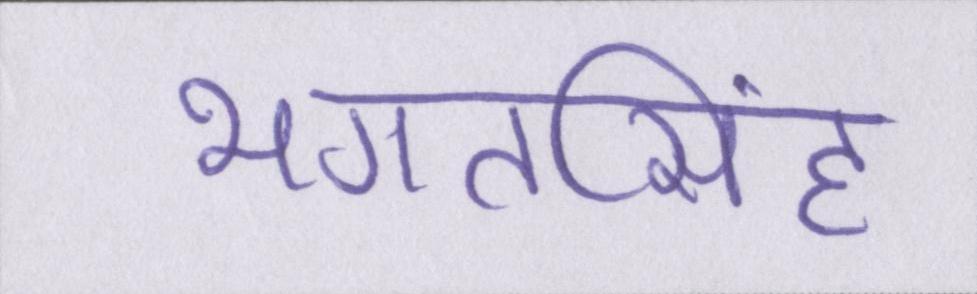
भगतसिंह